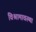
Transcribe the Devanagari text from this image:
विश्रामावस्था